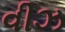
વીઝ